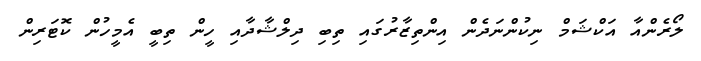
ލޯރެންއާ އަކްޝަމް ނިކުންނަދެން އިންތިޒާރުގައި ތިބި ދިލްޝާދާއި ހީން ތިބީ އެމީހުން ކޮޓަރިން